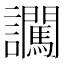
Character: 𧮕